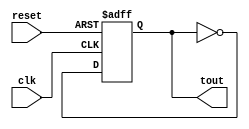
`timescale 1ns / 1ps
//////////////////////////////////////////////////////////////////////////////////
// Company: 
// Engineer: 
// 
// Design Name: 
// Module Name: TFFp
// Project Name: 
// Target Devices: 
// Tool Versions: 
// Description: 
// 
// Dependencies: 
// 
// Revision:
// Revision 0.01 - File Created
// Additional Comments:
// 
//////////////////////////////////////////////////////////////////////////////////


module TFFp(
    input clk,
    input reset,
    output reg tout
    );
    always @(posedge clk or posedge reset)
    begin
	   if(reset)
	   begin
		  tout<=0;
	   end
	   else
	   begin
		  tout<=~tout;
	   end
    end
endmodule